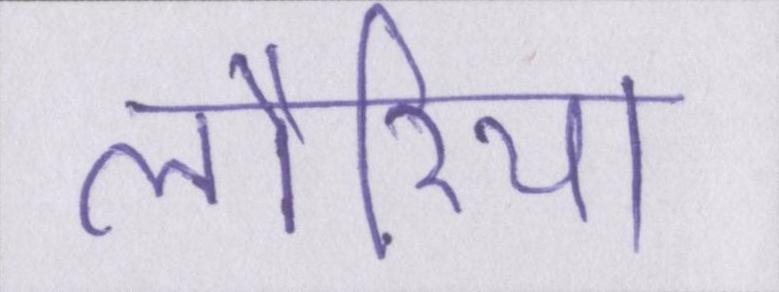
लौरिया